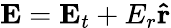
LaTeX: \mathbf{E}=\mathbf{E}_{t}+E_{r}\mathbf{\hat{r}}